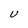
Character: U